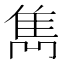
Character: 雋